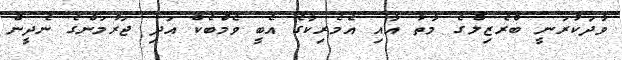
ވާދަކުރަނީ ބްރެޒިލްގެ މާތާ އާއި އެމެރިކާގެ އެބީ ވެމްބެކް އަދި ޖަރުމަންގެ ނެދީން